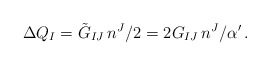
\begin{align*}\Delta Q_I=\tilde{G}_{IJ}\,n^J/2 = 2G_{IJ}\,n^J/\alpha^\prime\, .\end{align*}